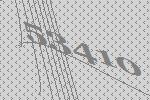
53410